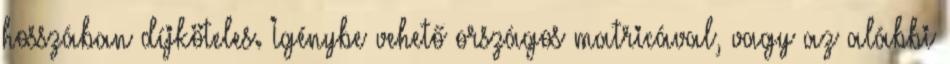
hosszában díjköteles. Igénybe vehető országos matricával, vagy az alábbi